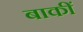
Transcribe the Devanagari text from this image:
बाकीं